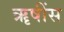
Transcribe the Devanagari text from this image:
ॠषींस